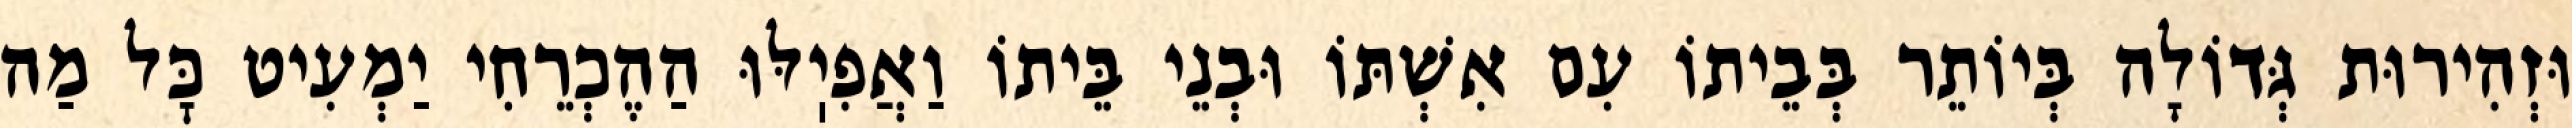
וּזְהִירוּת גְּדוֹלָה בְּיוֹתֵר בְּבֵיתוֹ עִם אִשְׁתּוֹ וּבְנֵי בֵּיתוֹ וַאֲפִיֽלּוּ הַהֶכְרֵחִי יַמְעִיט כׇּל מַה